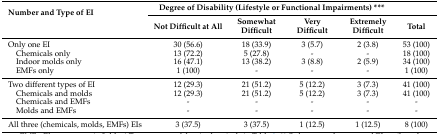
| <ROWSPAN=2> Number and Type of EI | <COLSPAN=4> Degree of Disability (Lifestyle or Functional Impairments) *** |  |
 | Not Difficult at All | Somewhat Difficult | Very Difficult | Extremely Difficult | Total |
 | --- | --- | --- | --- | --- | --- |
 | Only one EI | 30 (56.6) | 18 (33.9) | 3 (5.7) | 2 (3.8) | 53 (100) |
 | Chemicals only | 13 (72.2) | 5 (27.8) | - | - | 18 (100) |
 | Indoor molds only | 16 (47.1) | 13 (38.2) | 3 (8.8) | 2 (5.9) | 34 (100) |
 | EMFs only | 1 (100) | - | - | - | 1 (100) |
 | Two different types of EI | 12 (29.3) | 21 (51.2) | 5 (12.2) | 3 (7.3) | 41 (100) |
 | Chemicals and molds | 12 (29.3) | 21 (51.2) | 5 (12.2) | 3 (7.3) | 41 (100) |
 | Chemicals and EMFs | - | - | - | - | - |
 | Molds and EMFs | - | - | - | - | - |
 | All three (chemicals, molds, EMFs) EIs | 3 (37.5) | 3 (37.5) | 1 (12.5) | 1 (12.5) | 8 (100) |